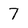
Character: 7